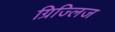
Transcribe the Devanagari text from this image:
ग्रिज्लिज